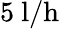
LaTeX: \mathrm{5~l/h}